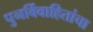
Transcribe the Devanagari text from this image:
पुनर्विवाहितांचा